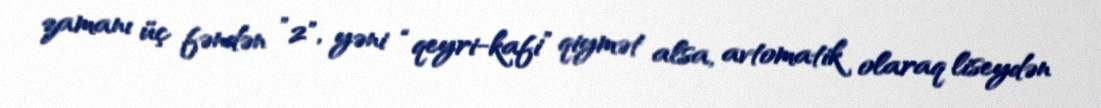
zamanı üç fəndən ”2", yəni “qeyri-kafi” qiymət alsa, avtomatik olaraq liseydən